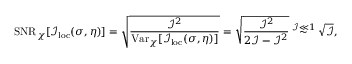
\mathrm { S N R } _ { \chi } [ \mathcal { I } _ { \mathrm { l o c } } ( \sigma , \eta ) ] = \sqrt { \frac { \mathcal { I } ^ { 2 } } { \mathrm { V a r } _ { \chi } [ \mathcal { I } _ { \mathrm { l o c } } ( \sigma , \eta ) ] } } = \sqrt { \frac { \mathcal { I } ^ { 2 } } { 2 \mathcal { I } - \mathcal { I } ^ { 2 } } } \stackrel { \mathcal { I } \ll 1 } { \sim } \sqrt { \mathcal { I } } ,